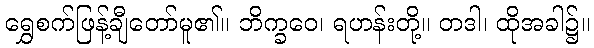
ရွှေစက်ဖြန့်ချီတော်မူ၏။ ဘိက္ခဝေ၊ ရဟန်းတို့။ တဒါ၊ ထိုအခါ၌။